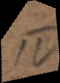
IV